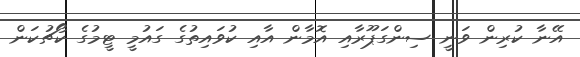
އޭނާ ކުރިން ވަނީ ސިންގަޕޫރާއި އޮމާން އާއި ކުވައިތުގެ ގައުމީ ޓީމުގެ ކޯޗުކަން